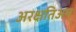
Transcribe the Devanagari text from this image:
अरक्षतिअम